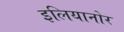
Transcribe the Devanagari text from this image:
इलियानोर